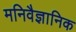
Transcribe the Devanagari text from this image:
मनिवैज्ञानिक